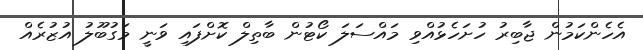
އެހެންކަމުން ޖާބިރު ހުށަހެޅުއްވި މައްސަލަ ކޯޓުން ބާތިލް ކޮށްފައި ވަނީ މަގުބޫލު އުޒުރެއް